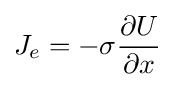
J_{e}=-\sigma {\frac {\partial U}{\partial x}}